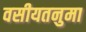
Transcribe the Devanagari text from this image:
वसीयतनुमा